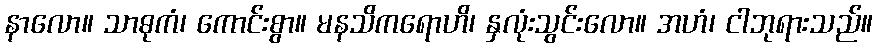
နာလော။ သာဓုကံ၊ ကောင်းစွာ။ မနသိကရောဟိ၊ နှလုံးသွင်းလော။ အဟံ၊ ငါဘုရားသည်။